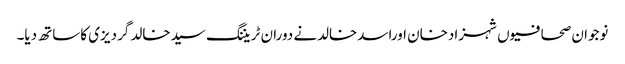
نوجوان صحافیوں شہزادخان اوراسدخالدنے دوران ٹریننگ سیدخالد گردیزی کاساتھ دیا۔